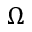
\Omega